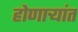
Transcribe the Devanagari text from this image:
होणार्‍यांत